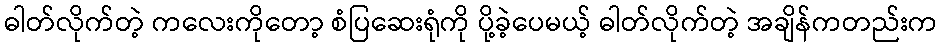
ဓါတ်လိုက်တဲ့ ကလေးကိုတော့ စံပြဆေးရုံကို ပို့ခဲ့ပေမယ့် ဓါတ်လိုက်တဲ့ အချိန်ကတည်းက